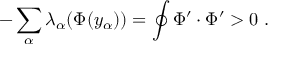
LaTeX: - \sum _ { \alpha } \lambda _ { \alpha } ( \Phi ( y _ { \alpha } ) ) = \oint \Phi ^ { \prime } \cdot \Phi ^ { \prime } > 0 ~ .